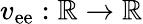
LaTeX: v_{\mathrm{ee}}:\mathbb{R}\rightarrow\mathbb{R}